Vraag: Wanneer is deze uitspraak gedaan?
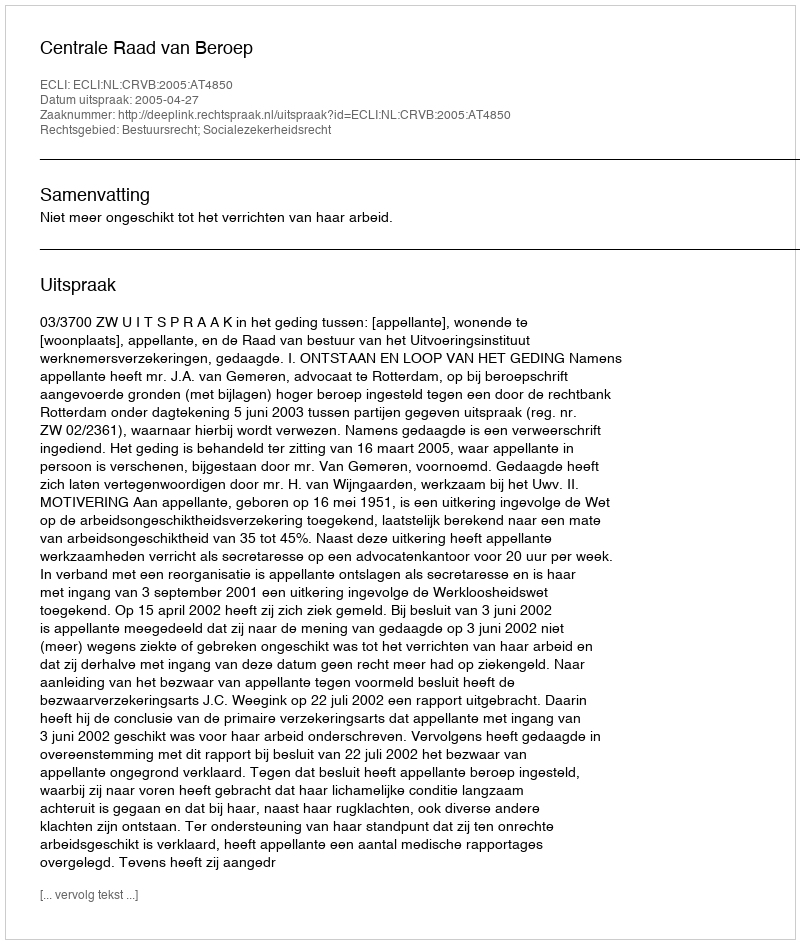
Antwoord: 2005-04-27